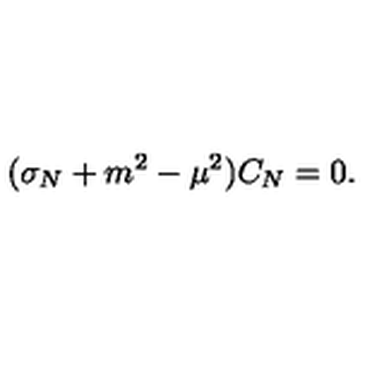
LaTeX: ( \sigma _ { N } + m ^ { 2 } - \mu ^ { 2 } ) C _ { N } = 0 .